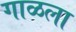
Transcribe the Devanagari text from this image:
गाळला